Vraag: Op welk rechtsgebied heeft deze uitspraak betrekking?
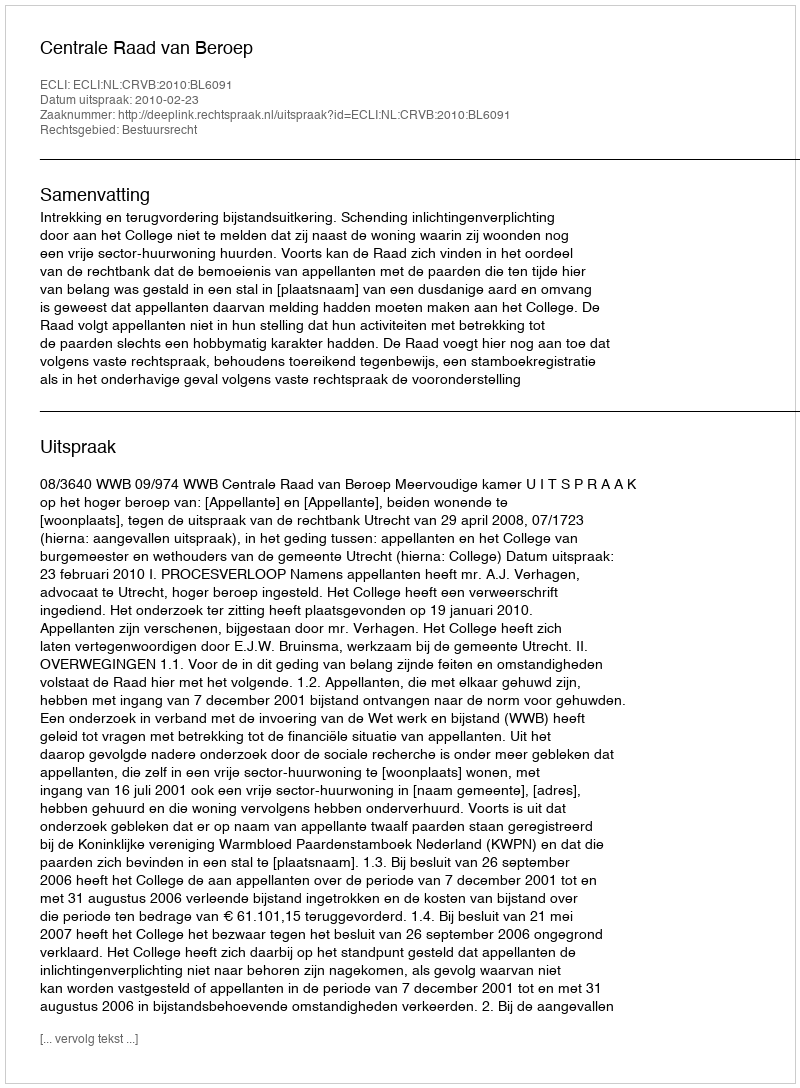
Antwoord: Bestuursrecht